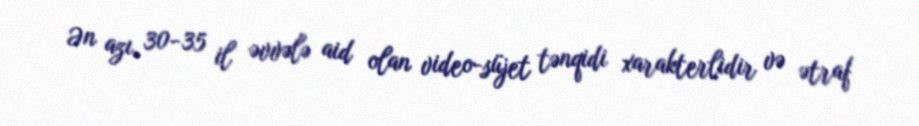
Ən azı, 30-35 il əvvələ aid olan video-süjet tənqidi xarakterlidir və ətraf